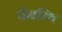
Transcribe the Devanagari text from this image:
पैनरिथ